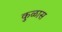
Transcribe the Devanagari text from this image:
कुळास